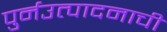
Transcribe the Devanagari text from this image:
पुर्नउत्पादनाची